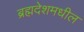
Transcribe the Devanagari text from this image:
ब्रह्मदेशमधील